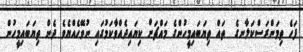
ފަހެ ތިމަންރަސްކަލާނގެ  ތައް ތިޔަބައިމީހުންގެ މައްޗަށް ކިޔައިދެއްވާކަމުގައި ނުވޭހެއްޔެވެ ދެން ތިޔަބައިމީހުން